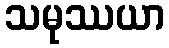
သမုဿယာ